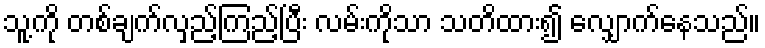
သူ့ကို တစ်ချက်လှည့်ကြည့်ပြီး လမ်းကိုသာ သတိထား၍ လျှောက်နေသည်။